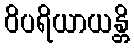
ဝိပရိယာယန္တိ